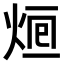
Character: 𤉑